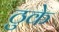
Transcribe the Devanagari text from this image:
ठुके